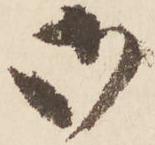
御